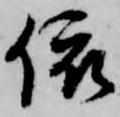
依